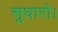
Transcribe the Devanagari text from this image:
सुधारो।